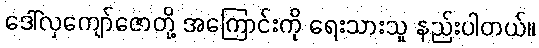
ဒေါ်လှကျော်ဇောတို့ အကြောင်းကို ရေးသားသူ နည်းပါတယ်။